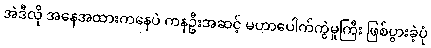
အဲဒီလို အနေအထားကနေပဲ ကနဦးအဆင့် မဟာပေါက်ကွဲမှုကြီး ဖြစ်ပွားခဲ့ပုံ